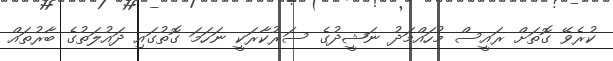
ކުރެވޭ ގޮތަށް ރައީސް މުހައްމަދު ނަޝީދުގެ ސަރުކާރަކީ ނަހަމަ ގޮތުގައި ދައުލަތުގެ ބާރުތައް